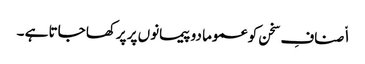
ا٘صنافِ سخن کو عموما دو پیمانوں پر پرکھا جاتا ہے ۔